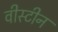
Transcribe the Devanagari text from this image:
वीस्टीन